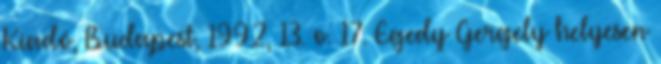
Kiadó, Budapest, 1992, 13. o. 17. Egedy Gergely helyesen